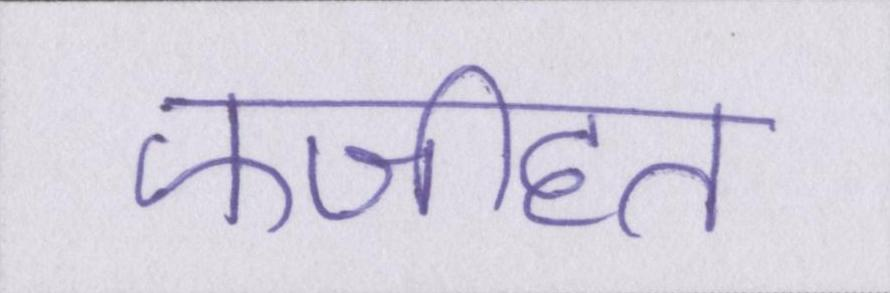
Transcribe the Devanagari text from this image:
फजीहत